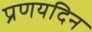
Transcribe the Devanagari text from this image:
प्रणयदिन